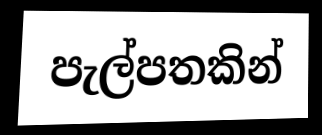
පැල්පතකින්